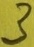
Text: 3